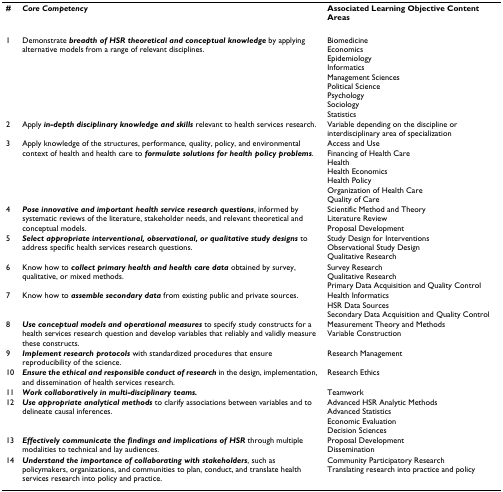
| # | Core Competency | Associated Learning Objective Content Areas |
 | --- | --- | --- |
 | 1 | Demonstrate breadth of HSR theoretical and conceptual knowledge by applying alternative models from a range of relevant disciplines. | BiomedicineEconomicsEpidemiologyInformaticsManagement SciencesPolitical SciencePsychologySociologyStatistics |
 | 2 | Apply in-depth disciplinary knowledge and skills relevant to health services research. | Variable depending on the discipline or interdisciplinary area of specialization |
 | 3 | Apply knowledge of the structures, performance, quality, policy, and environmental context of health and health care to formulate solutions for health policy problems. | Access and UseFinancing of Health CareHealthHealth EconomicsHealth PolicyOrganization of Health CareQuality of Care |
 | 4 | Pose innovative and important health service research questions, informed by systematic reviews of the literature, stakeholder needs, and relevant theoretical and conceptual models. | Scientific Method and TheoryLiterature ReviewProposal Development |
 | 5 | Select appropriate interventional, observational, or qualitative study designs to address specific health services research questions. | Study Design for InterventionsObservational Study DesignQualitative Research |
 | 6 | Know how to collect primary health and health care data obtained by survey, qualitative, or mixed methods. | Survey ResearchQualitative ResearchPrimary Data Acquisition and Quality Control |
 | 7 | Know how to assemble secondary data from existing public and private sources. | Health InformaticsHSR Data SourcesSecondary Data Acquisition and Quality Control |
 | 8 | Use conceptual models and operational measures to specify study constructs for a health services research question and develop variables that reliably and validly measure these constructs. | Measurement Theory and MethodsVariable Construction |
 | 9 | Implement research protocols with standardized procedures that ensure reproducibility of the science. | Research Management |
 | 10 | Ensure the ethical and responsible conduct of research in the design, implementation, and dissemination of health services research. | Research Ethics |
 | 11 | Work collaboratively in multi-disciplinary teams. | Teamwork |
 | 12 | Use appropriate analytical methods to clarify associations between variables and to delineate causal inferences. | Advanced HSR Analytic MethodsAdvanced StatisticsEconomic EvaluationDecision Sciences |
 | 13 | Effectively communicate the findings and implications of HSR through multiple modalities to technical and lay audiences. | Proposal DevelopmentDissemination |
 | 14 | Understand the importance of collaborating with stakeholders, such as policymakers, organizations, and communities to plan, conduct, and translate health services research into policy and practice. | Community Participatory ResearchTranslating research into practice and policy |